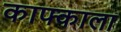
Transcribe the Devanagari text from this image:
काफ्काला